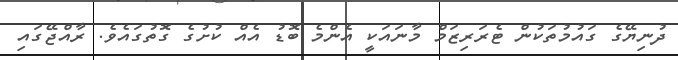
ދުނިޔޭގެ ގައުމުތަކުން ޓެރަރިޒަމް މާނައަކީ އެންމެ ބޮޑު އެއް ކުށުގެ ގޮތުގައެވެ. ރާއްޖޭގައި